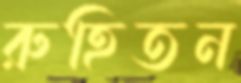
রুহিতন